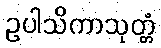
ဥပါသိကာသုတ္တံ